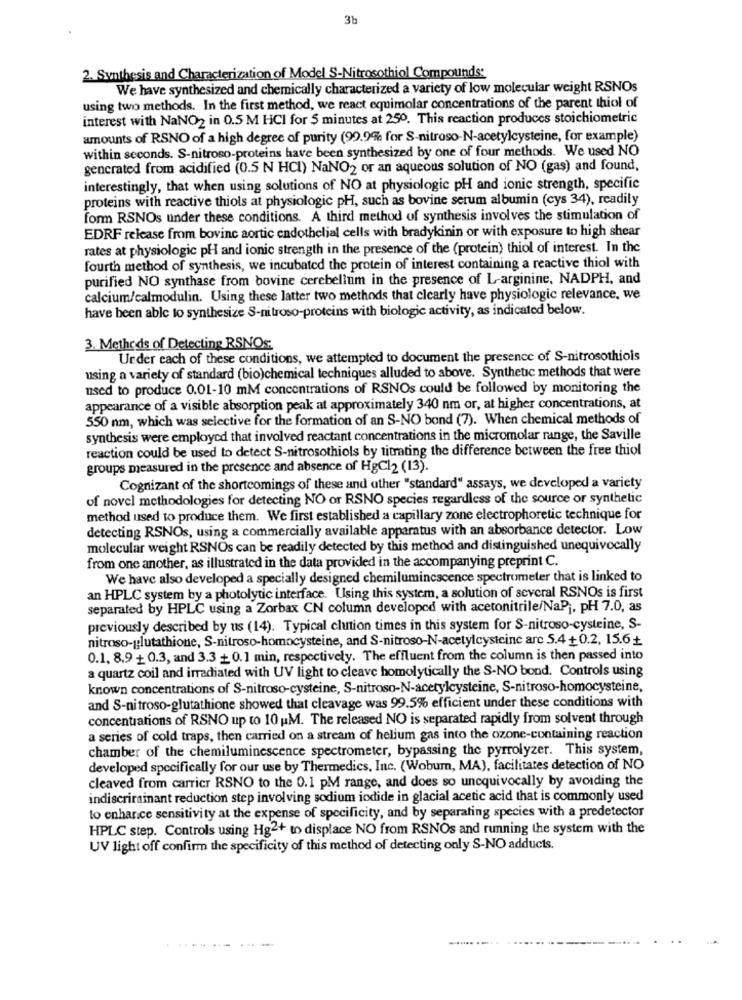
3b
2. Synthesis and Characterization of Model S-Nitrosothiol Compounds:
We have synthesized and chemically characterized a variety of low molecular weight RSNOs
using two methods. In the first method, we react equimolar concentrations of the parent thiol of
interest with NaNO2 in 0.5 M HCI for 5 minutes at 250. This reaction produces stoichiometric
amounts of RSNO of a high degree of purity (99.9% for S-nitroso-N-acetylcysteine, for example)
within seconds. S-nitroso-proteins have been synthesized by one of four methods. We used NO
gencrated from acidified (0.5 N HCI) NaNO2 or an aqueous solution of NO (gas) and found,
interestingly, that when using solutions of NO at physiologic pH and ionic strength, specific
proteins with reactive thiols at physiologic pH, such as bovine serum albumin (cys 34), readily
form RSNOs under these conditions. A third method of synthesis involves the stimulation of
EDRF release from bovine aortic endothelial cells with bradykinin or with exposure to high shear
rates at physiologic pH and ionic strength in the presence of the (protein) thiol of interest. In the
fourth method of synthesis, we incubated the protein of interest containing a reactive thiol with
purified NO synthase from bovine cerebellum in the presence of L-arginine, NADPH, and
calcium/calmodulin. Using these latter two methods that clearly have physiologic relevance, we
have been able to synthesize S-nitroso-proteins with biologic activity, as indicated below.
3. Methods of Detecting RSNOs:
Urder each of these conditions, we attempted to document the presence of S-nitrosothiols
using a variety of standard (bio)chemical techniques alluded to above. Synthetic methods that were
used to produce 0.01-10 mM concentrations of RSNOs could be followed by monitoring the
appearance of a visible absorption peak at approximately 340 nm or, at higher concentrations, at
550 nm, which was selective for the formation of an S-NO bond (7). When chemical methods of
synthesis were employed that involved reactant concentrations in the micromolar range, the Saville
reaction could be used to detect S-nitrosothiols by titrating the difference between the free thiol
groups measured in the presence and absence of HgCl2 (13).
Cognizant of the shortcomings of these and other "standard" assays, we developed a variety
of novel methodologies for detecting NO or RSNO species regardless of the source or synthetic
method used to produce them. We first established a capillary zone electrophoretic technique for
detecting RSNOs, using a commercially available apparatus with an absorbance detector. Low
molecular weight RSNOs can be readily detected by this method and distinguished unequivocally
from one another, as illustrated in the data provided in the accompanying preprint C.
We have also developed a specially designed chemiluminescence spectrometer that is linked to
an HPLC system by a photolytic interface. Using this system, a solution of several RSNOs is first
separated by HPLC using a Zorbax CN column developed with acetonitrile/NaPj. pH 7.0, as
previously described by us (14). Typical chution times in this system for S-nitroso-cysteine, S-
nitroso-glutathione, S-nitroso-homocysteine, and S-nitroso-N-acetylcysteine are 5.4+0.2. 15.6+
0.1. 8.9 + 0.3, and 3.3+0.1 min, respectively. The effluent from the column is then passed into
a quartz coil and irradiated with UV light to cleave homolytically the S-NO bond. Controls using
known concentrations of S-nitroso-cysteine, S-nitroso-N-acetylcysteine, S-nitroso-homocysteine,
and S-nitroso-glutathione showed that cleavage was 99.5% efficient under these conditions with
concentrations of RSNO up to 10 u.M. The released NO is separated rapidly from solvent through
a series of cold traps, then carried on a stream of helium gas into the ozone-containing reaction
chamber of the chemiluminescence spectrometer, bypassing the pyrrolyzer. This system,
developed specifically for our use by Thermedics, Inc. (Wobum, MA), facilitates detection of NO
cleaved from carrier RSNO to the 0.1 PM range, and does so unequivocally by avoiding the
indiscrirainant reduction step involving sodium iodide in glacial acetic acid that is commonly used
to enhance sensitivity at the expense of specificity, and by separating species with a predetector
HPLC step. Controls using Hg2+ to displace NO from RSNOs and running the system with the
UV light off confirm the specificity of this method of detecting only S-NO adducts.